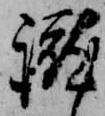
蹴